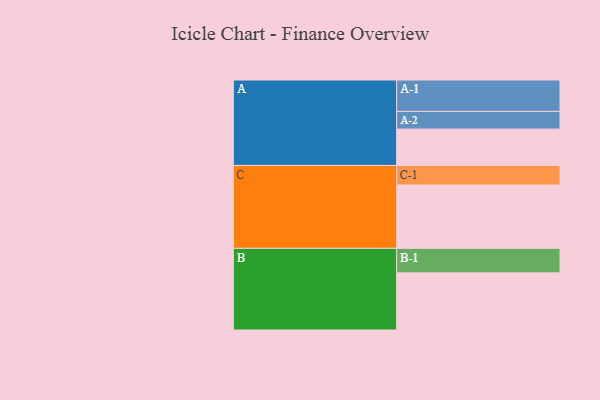
{"axis": {"x": "Segment", "y": "Value"}, "legend": ["", "A", "B", "C"], "data": [{"x": "A", "y": 316, "type": ""}, {"x": "B", "y": 497, "type": ""}, {"x": "C", "y": 551, "type": ""}, {"x": "A-1", "y": 273, "type": "A"}, {"x": "A-2", "y": 154, "type": "A"}, {"x": "B-1", "y": 213, "type": "B"}, {"x": "C-1", "y": 170, "type": "C"}]}